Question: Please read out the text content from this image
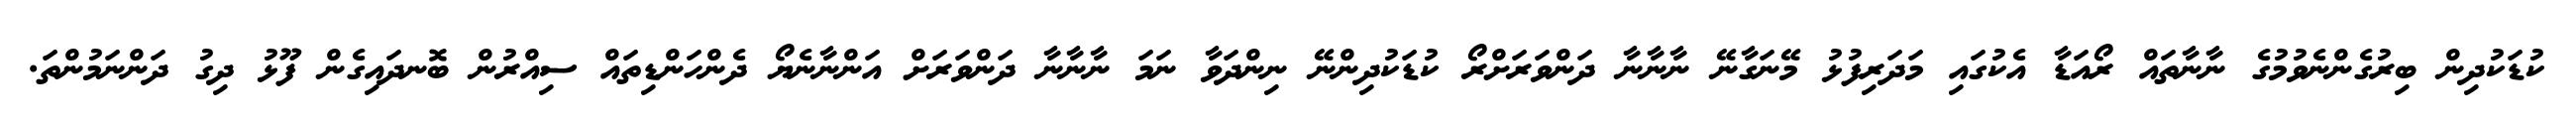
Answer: ކުޑަކުދިން ބިރުގެންނެވުމުގެ ނާނާތައް ރޯއަޑާ އެކުގައި މަދަރިފުޅު މޭނަގާނޭ ނާނާނާ ދަންވަރަށްރޯ ކުޑަކުދިންނޭ ނިންދަވާ ނަމަ ނާނާނާ ދަންވަރަށް އަންނާނެޔޯ ދެންހަންޑިތައް ސިއްރުން ބޮނދައިގެން ފޫޅު ދިގު ދަންނަމުންތަ.